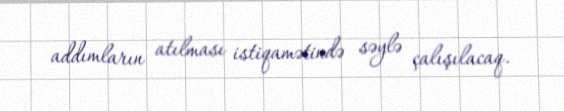
addımların atılması istiqamətində səylə çalışılacaq.